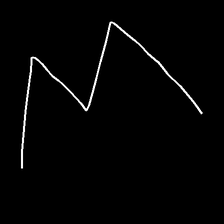
Glyph: crush